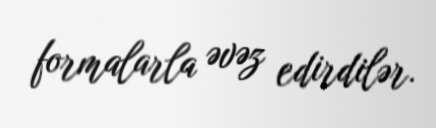
formalarla əvəz edirdilər.